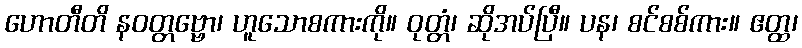
ဟောတီတိ နဝတ္တဗ္ဗော၊ ဟူသောစကားကို။ ဝုတ္တံ၊ ဆိုအပ်ပြီ။ ပန၊ စင်စစ်ကား။ ဧတ္ထ၊